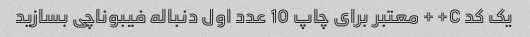
یک کد C++ معتبر برای چاپ 10 عدد اول دنباله فیبوناچی بسازید